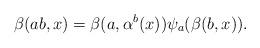
LaTeX: \begin{align*} \beta(ab,x) = \beta(a,\alpha^b(x))\psi_a(\beta(b,x)).\end{align*}